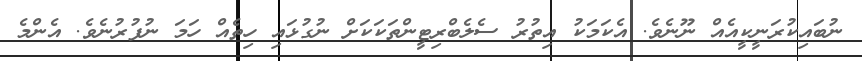
ނުބައިކުރަނީކީއެއް ނޫނެވެ. އެކަމަކު އިތުރު ސެލެބްރިޓީންތަކަކަށް ނުގުޅައި ހިތެއް ހަމަ ނުފުރުނެވެ. އެންމެ